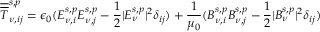
\overline { { \overline { { T } } } } _ { \nu , i j } ^ { s , p } = \epsilon _ { 0 } ( E _ { \nu , i } ^ { s , p } E _ { \nu , j } ^ { s , p } - \frac { 1 } { 2 } | E _ { \nu } ^ { s , p } | ^ { 2 } \delta _ { i j } ) + \frac { 1 } { \mu _ { 0 } } ( B _ { \nu , i } ^ { s , p } B _ { \nu , j } ^ { s , p } - \frac { 1 } { 2 } | B _ { \nu } ^ { s , p } | ^ { 2 } \delta _ { i j } )